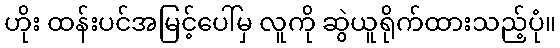
ဟိုး ထန်းပင်အမြင့်ပေါ်မှ လူကို ဆွဲယူရိုက်ထားသည့်ပုံ။